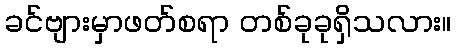
ခင်ဗျားမှာဖတ်စရာ တစ်ခုခုရှိသလား။